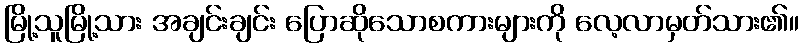
မြို့သူမြို့သား အချင်းချင်း ပြောဆိုသောစကားများကို လေ့လာမှတ်သား၏။